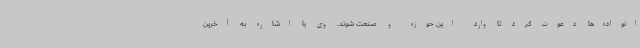
انواده‌ها دعوت کرد تا وارد این حوزه و صنعت شوند. وی با اشاره به آخرین